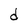
Character: d